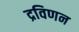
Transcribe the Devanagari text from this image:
द्रविणन